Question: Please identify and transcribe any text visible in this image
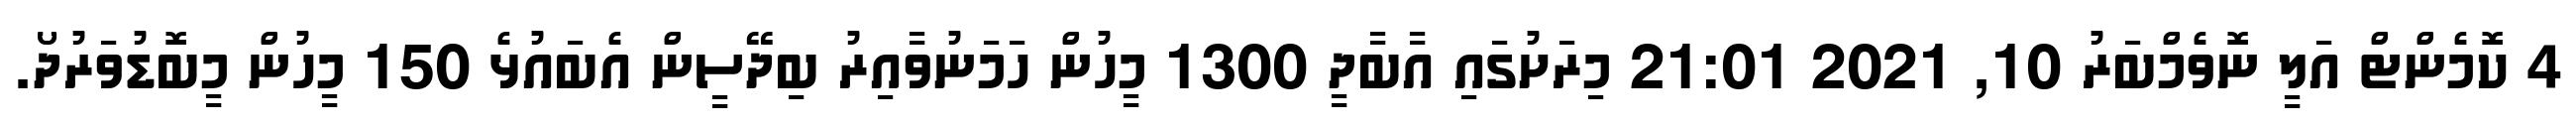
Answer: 4 ކޮމެންޓް އަލީ ނޮވެމްބަރު 10, 2021 21:01 މިރަށުގައި އާބާދީ 1300 މީހުން ހަމަނުވާއިރު ބިދޭސީން އެބައުޅެ 150 މީހުން މީބޮޑުވަރުދޯ.